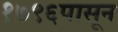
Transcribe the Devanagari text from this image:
१७९६पासून